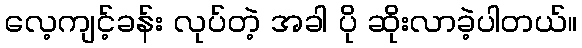
လေ့ကျင့်ခန်း လုပ်တဲ့ အခါ ပို ဆိုးလာခဲ့ပါတယ်။